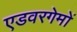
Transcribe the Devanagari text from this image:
एडवरगेमों